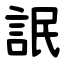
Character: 䛉